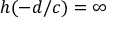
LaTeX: h ( - d / c ) = \infty